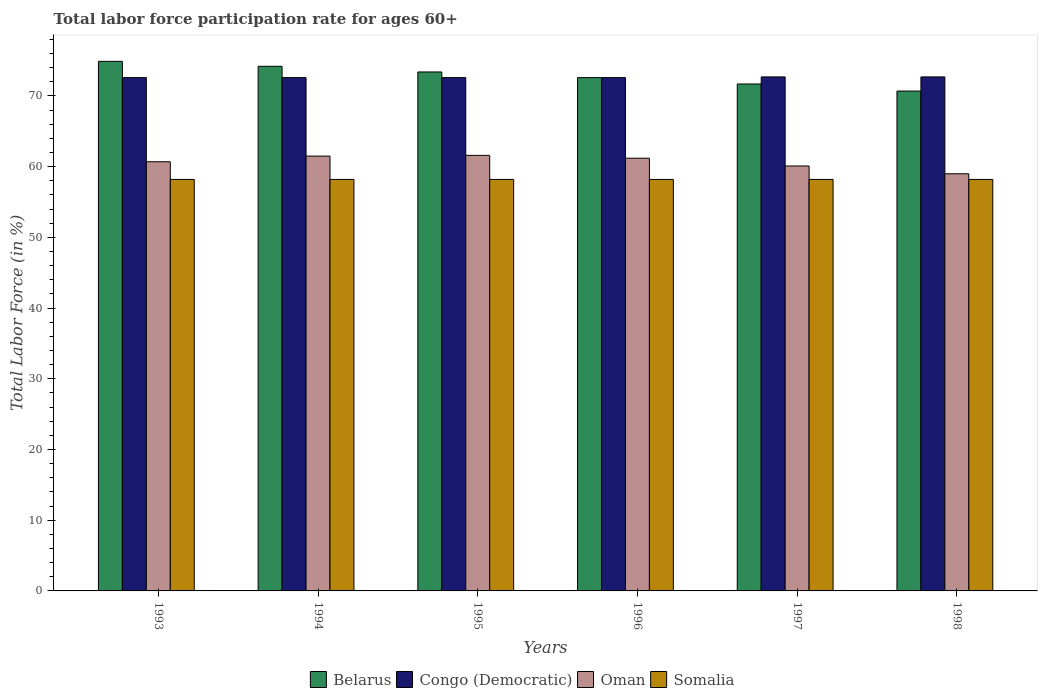
| Years | Belarus | Congo (Democratic) | Oman | Somalia |
 | --- | --- | --- | --- | --- |
 | 1993 | 74.9 | 72.6 | 60.7 | 58.2 |
 | 1994 | 74.2 | 72.6 | 61.5 | 58.2 |
 | 1995 | 73.4 | 72.6 | 61.6 | 58.2 |
 | 1996 | 72.6 | 72.6 | 61.2 | 58.2 |
 | 1997 | 71.7 | 72.7 | 60.1 | 58.2 |
 | 1998 | 70.7 | 72.7 | 59 | 58.2 |